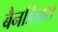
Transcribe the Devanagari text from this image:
बैनडिडास